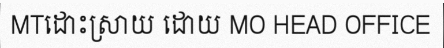
MTដោះស្រាយ ដោយ MO HEAD OFFICE